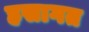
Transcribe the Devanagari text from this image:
हसागत